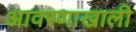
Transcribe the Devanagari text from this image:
आवरणाखाली